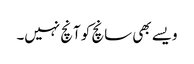
ویسے بھی سانچ کو آنچ نہیں۔